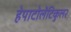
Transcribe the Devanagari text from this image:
हेपाटोलेंटिकुलर